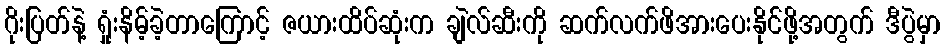
ဂိုးပြတ်နဲ့ ရှုံးနိမ့်ခဲ့တာကြောင့် ဇယားထိပ်ဆုံးက ချဲလ်ဆီးကို ဆက်လက်ဖိအားပေးနိုင်ဖို့အတွက် ဒီပွဲမှာ